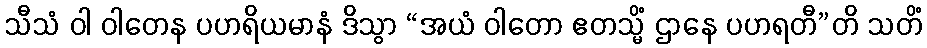
သီသံ ဝါ ဝါတေန ပဟရိယမာနံ ဒိသွာ “အယံ ဝါတော ဧတသ္မိံ ဌာနေ ပဟရတီ”တိ သတိံ